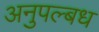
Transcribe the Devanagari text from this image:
अनुपल्बध